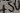
Text: +5V